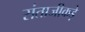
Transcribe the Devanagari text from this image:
संताजीकड़े